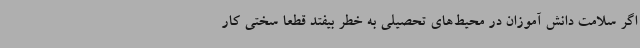
اگر سلامت دانش آموزان در محیط‌های تحصیلی به خطر بیفتد قطعا سختی کار